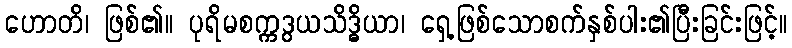
ဟောတိ၊ ဖြစ်၏။ ပုရိမစက္ကဒွယသိဒ္ဓိယာ၊ ရှေ့ဖြစ်သောစက်နှစ်ပါး၏ပြီးခြင်းဖြင့်။